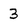
Character: 3